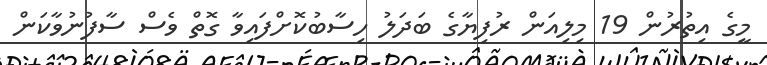
މީގެ އިތުރުން 19 މިލިއަން ރުފިޔާގެ ބަދަލު ހިސާބުކޮށްފައިވާ ގޮތް ވެސް ސާފުނުވާކަން